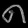
Digit: ၈